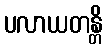
ပလာယတန္တိ